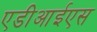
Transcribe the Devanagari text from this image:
एडीआईएस